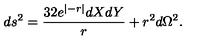
d s ^ { 2 } = { \frac { 3 2 e ^ { \vert - r \vert } d X d Y } { r } } + r ^ { 2 } d \Omega ^ { 2 } .